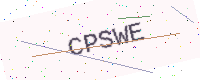
Text: CPSWE